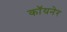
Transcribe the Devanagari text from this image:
कॉयनेर